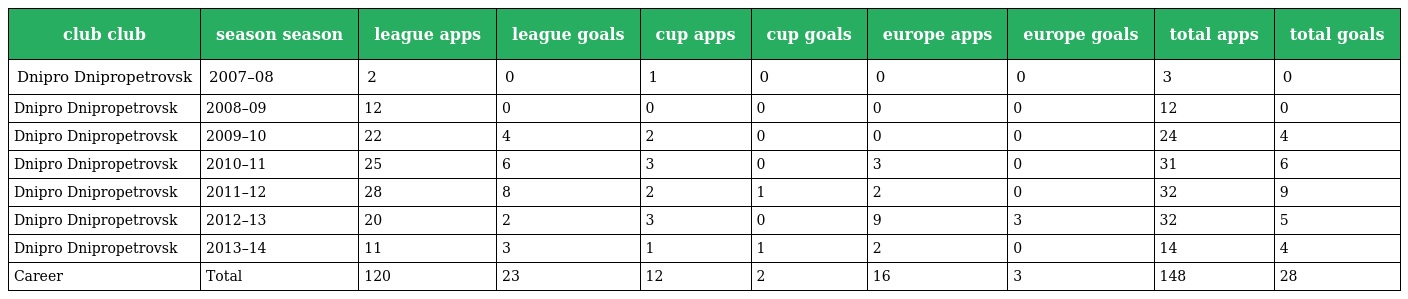
| club club | season season | league apps | league goals | cup apps | cup goals | europe apps | europe goals | total apps | total goals |
 | --- | --- | --- | --- | --- | --- | --- | --- | --- | --- |
 | Dnipro Dnipropetrovsk | 2007–08 | 2 | 0 | 1 | 0 | 0 | 0 | 3 | 0 |
 | Dnipro Dnipropetrovsk | 2008–09 | 12 | 0 | 0 | 0 | 0 | 0 | 12 | 0 |
 | Dnipro Dnipropetrovsk | 2009–10 | 22 | 4 | 2 | 0 | 0 | 0 | 24 | 4 |
 | Dnipro Dnipropetrovsk | 2010–11 | 25 | 6 | 3 | 0 | 3 | 0 | 31 | 6 |
 | Dnipro Dnipropetrovsk | 2011–12 | 28 | 8 | 2 | 1 | 2 | 0 | 32 | 9 |
 | Dnipro Dnipropetrovsk | 2012–13 | 20 | 2 | 3 | 0 | 9 | 3 | 32 | 5 |
 | Dnipro Dnipropetrovsk | 2013–14 | 11 | 3 | 1 | 1 | 2 | 0 | 14 | 4 |
 | Career | Total | 120 | 23 | 12 | 2 | 16 | 3 | 148 | 28 |